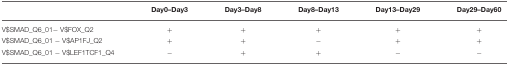
<table><thead><tr><td></td><td><b>Day0–Day3</b></td><td><b>Day3–Day8</b></td><td><b>Day8–Day13</b></td><td><b>Day13–Day29</b></td><td><b>Day29–Day60</b></td></tr></thead><tbody><tr><td>V$SMAD_Q6_01− V$FOX_Q2</td><td>+</td><td>+</td><td>+</td><td>+</td><td>+</td></tr><tr><td>V$SMAD_Q6_01 − V$AP1FJ_Q2</td><td>+</td><td>+</td><td>−</td><td>+</td><td>+</td></tr><tr><td>V$SMAD_Q6_01 − V$LEF1TCF1_Q4</td><td>−</td><td>+</td><td>+</td><td>−</td><td>−</td></tr></tbody></table>